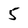
Character: 5